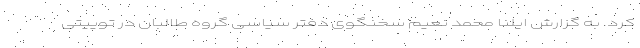
کرد‌. به گزارش ایلنا محمد نعیم سخنگوی دفتر سیاسی گروه طالبان در توییتی